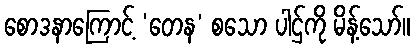
စောဒနာကြောင့် ‘တေန’ စသော ပါဌ်ကို မိန့်သော်။